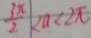
\frac { 3 \pi } { 2 } < a < 2 \pi